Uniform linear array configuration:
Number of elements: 64
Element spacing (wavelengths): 0.75
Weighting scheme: hamming
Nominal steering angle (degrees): -60
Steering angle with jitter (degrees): -61.952
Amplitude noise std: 0.05
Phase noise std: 0.05

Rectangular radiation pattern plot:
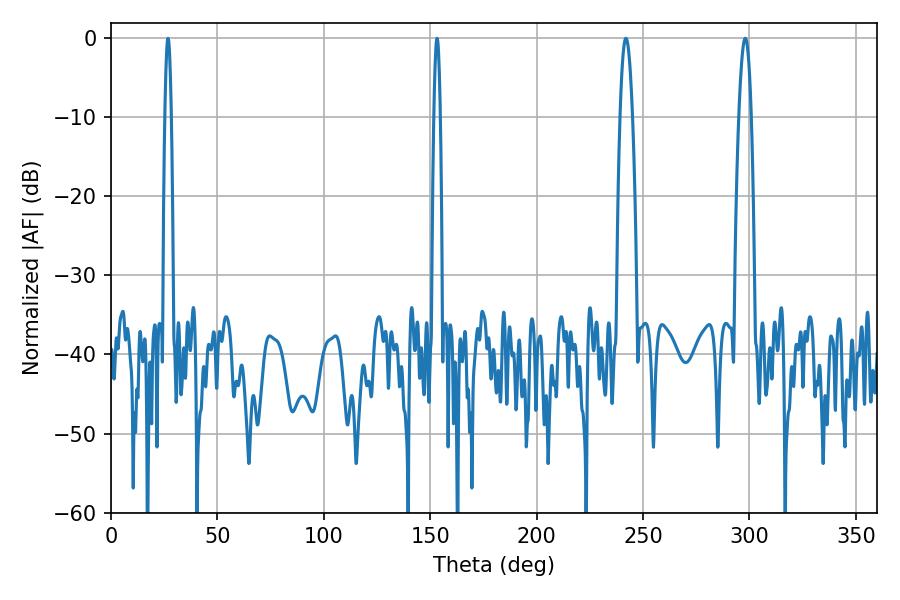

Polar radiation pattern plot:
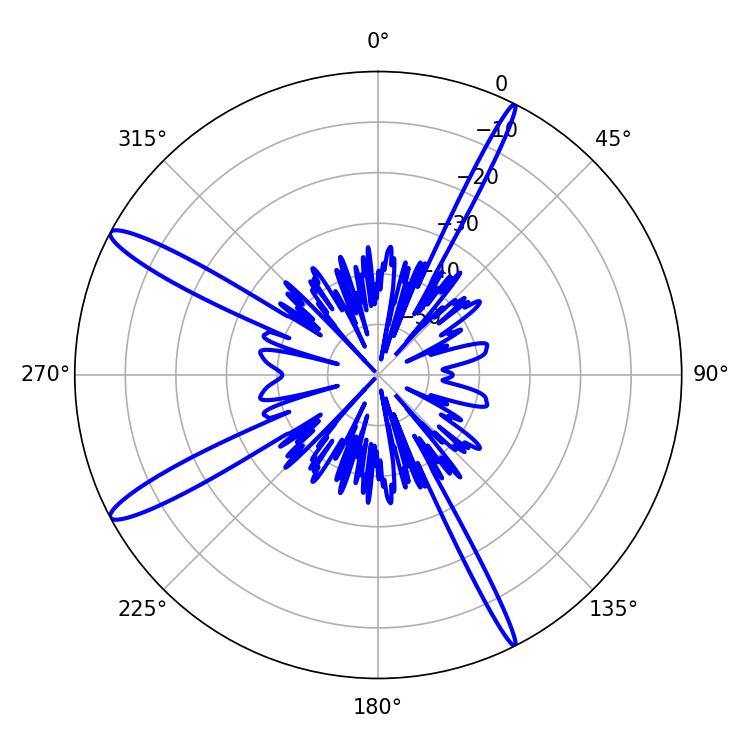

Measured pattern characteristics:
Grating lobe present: TRUE
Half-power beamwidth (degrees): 3.06
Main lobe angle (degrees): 241.92